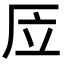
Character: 㕇